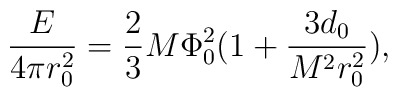
\frac{E}{4\pi r^2_0} = \frac{2}{3} M \Phi^2_{0} (1 + \frac{3 d_0}{M^2 r^2_0}),